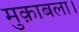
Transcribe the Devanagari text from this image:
मुक़ाबला।